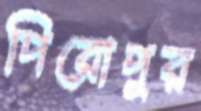
পিরোপুর